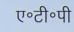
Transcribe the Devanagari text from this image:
ए॰टी॰पी